Annual report on the working of the lock hospitals in the Central Provinces
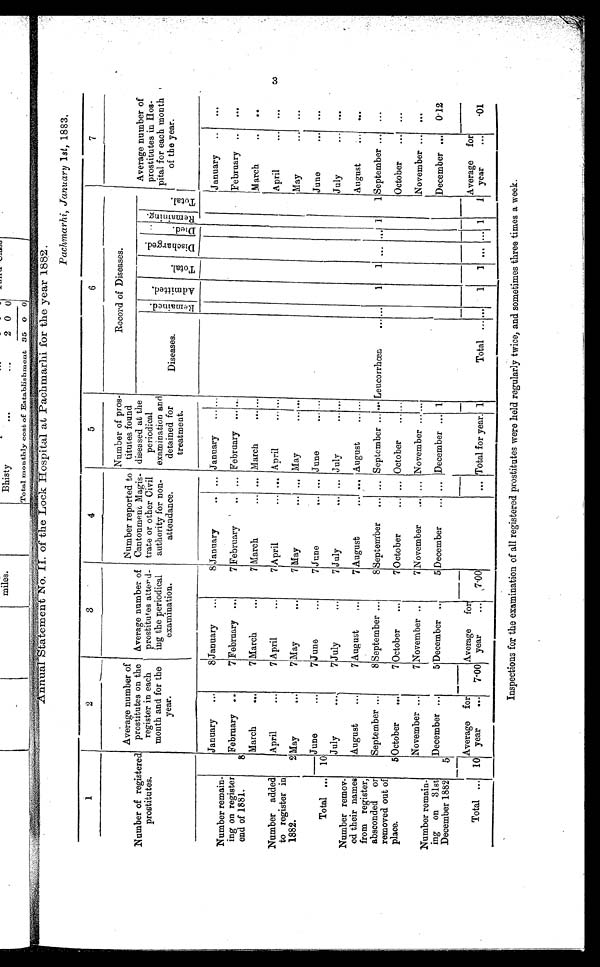
A n n u a l S t a t e m e n t N o . I I o f t h e L o c k H o s p i t a l a t P a c h m a r h i f o r t h e y e a r 1 8 8 2 .
Pachmarhi January 1 st , 1883.
1
2
3
4
5
6
7
Number of registered
prostitutes.
Average number of
prostitutes on the
register in each
month and for the
year.
Average number of
prostitutes attend
ing the p eriodical
examination.
Number reported to
Cantonment Magis
trate or other Civil
authority for non-
attendance.
Number of pros
titutes found
diseased at the
periodical
examination and
detained for
treatment.
Record of Diseases.
Average number of
prostitutes in Hos
pital for each month
of the year.
Diseases
R e m a i n e d .
A d m i t t e d .
T o t a l .
D i s c h a r g e d .
D i e d . R e m a i n i n g .
To t a l .
Number remain
ing on register
end of 1881.
January ...
8 January
...
8 January
... ... January ...
. . .
January
. . .
. . .
8
February ...
7 February ...
7 February
. . .
. . . February ... ...
February ...
. . .
March
...
7 March
. . .
7 March
... ... March
March
...
. . .
Number added
to register in
1882.
April
. . .
7 April
...
7 April
...
. . . April
... . . .
April ...
. . .
2 May . . .
7 May
. . .
7 May
... ... May
May
...
. . .
Total ...
10
JUNE
. . .
7 June
...
7 June
. . . . . . June
June
. . .
. . .
July
. . .
7 July
. . .
7 July
...
. . . July
...
. . .
July . . .
. . .
Number remov
ed their names
from register,
absconded
or
removed out of
place.
August
. . .
7 August
...
7 August
. . .
. . . August
August
. . .
. . .
September
. . .
8 September ...
8 September
... ... September ...
. . . Leucorrhœa
1
1 ... ...
1
1 September ... ...
5 October
...
7 October
...
7 October
... ... October
...
. . .
October
... ...
Number remain
ing on 31st
December 1882
November ...
7 November ...
7 November
... ... November ...
. . .
November ...
...
5
December ...
5 December
. . .
5 December
... ... December ... 1
December
. . . 0·12
Total
. . .
1 0
Average for year
...
7.00 Average
for
year ...
7·00
. . .
Total for year.
1
Total ...
. . .
1
1 ...
. . .
1
1
Average
for
year
. . .
·01
Inspections for the examination of all registered prostitutes were held regularly twice, and sometimes three times a week.